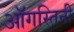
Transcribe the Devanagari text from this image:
ऑगस्तिनी